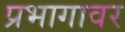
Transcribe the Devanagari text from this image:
प्रभागावर